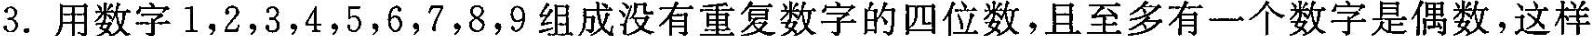
3.用数字1，2，3，4，5，6，7，8，9组成没有重复数字的四位数，且至多有一个数字是偶数，这样